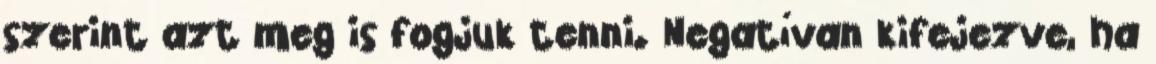
szerint azt meg is fogjuk tenni. Negatívan kifejezve, ha